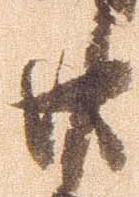
廿